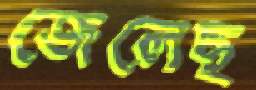
জেলেছ